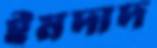
ইমদাদ